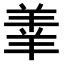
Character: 𫅓